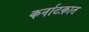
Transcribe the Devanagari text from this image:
कर्नाटक़ात